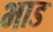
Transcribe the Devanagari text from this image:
भाड